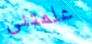
علمتنى